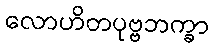
လောဟိတပုဗ္ဗဘက္ခာ